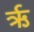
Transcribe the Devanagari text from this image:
र्ऋ